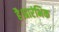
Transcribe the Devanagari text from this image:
है।प्रारंभिक